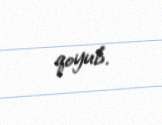
qoyub.